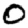
Digit: 0